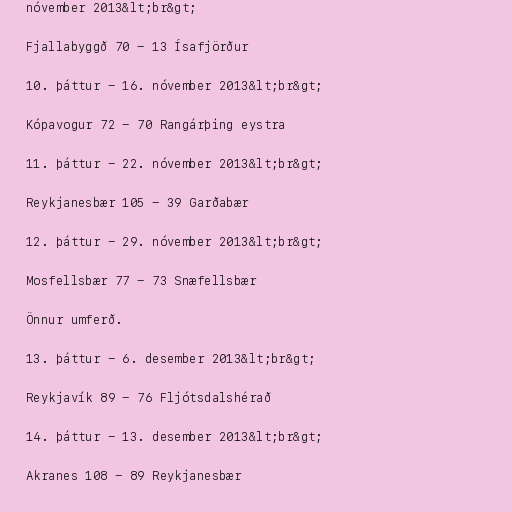
nóvember 2013&lt;br&gt;

Fjallabyggð 70 - 13 Ísafjörður

10. þáttur - 16. nóvember 2013&lt;br&gt;

Kópavogur 72 - 70 Rangárþing eystra

11. þáttur - 22. nóvember 2013&lt;br&gt;

Reykjanesbær 105 - 39 Garðabær

12. þáttur - 29. nóvember 2013&lt;br&gt;

Mosfellsbær 77 - 73 Snæfellsbær

Önnur umferð.

13. þáttur - 6. desember 2013&lt;br&gt;

Reykjavík 89 - 76 Fljótsdalshérað

14. þáttur - 13. desember 2013&lt;br&gt;

Akranes 108 - 89 Reykjanesbær